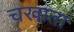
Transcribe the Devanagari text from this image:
चखाता